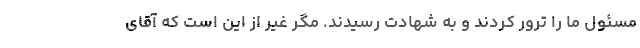
مسئول ما را ترور کردند و به شهادت رسیدند. مگر غیر از این است که آقای